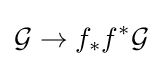
{\mathcal {G}}\rightarrow f_{*}f^{*}{\mathcal {G}}